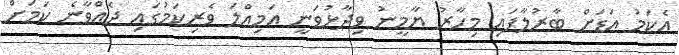
އެކަމު އަޑަށް ބާރުލާފައި މިހާރު ޔާމީނު ވިދާޅުވަނީ އަމިއްލަ ވެރިކަމުގައި ދެއްވާނެ ކަމަށް